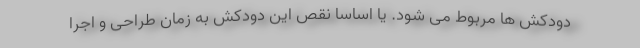
دودکش ها مربوط می شود. یا اساسا نقص این دودکش به زمان طراحی و اجرا